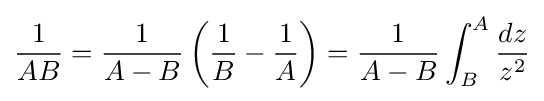
{\frac {1}{AB}}={\frac {1}{A-B}}\left({\frac {1}{B}}-{\frac {1}{A}}\right)={\frac {1}{A-B}}\int _{B}^{A}{\frac {dz}{z^{2}}}